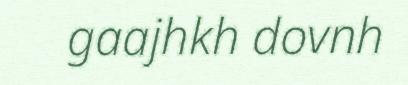
gaajhkh dovnh